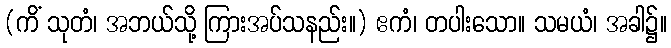
(ကိံ သုတံ၊ အဘယ်သို့ ကြားအပ်သနည်း။) ဧကံ၊ တပါးသော။ သမယံ၊ အခါ၌။